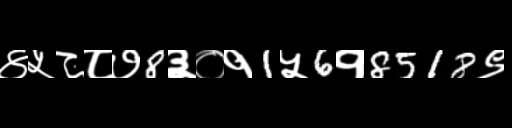
Text: ४५८८७8३०१1५6१8518९